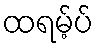
ထရမ့်ပ်